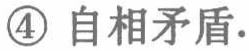
\textcircled{4} 自相矛盾.